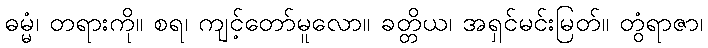
ဓမ္မံ၊ တရားကို။ စရ၊ ကျင့်တော်မူလော။ ခတ္တိယ၊ အရှင်မင်းမြတ်။ တွံရာဇာ၊